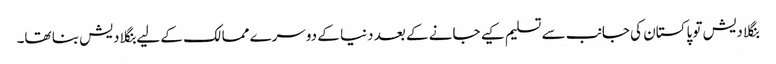
بنگلا دیش تو پاکستان کی جانب سے تسلیم کیے جانے کے بعد دنیا کے دوسرے ممالک کے لیے بنگلا دیش بنا تھا۔